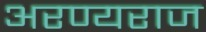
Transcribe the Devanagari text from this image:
अरण्यराज